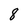
Character: 8